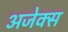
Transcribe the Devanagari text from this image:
अजेक्स